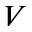
V